Civil Veterinary Department Bengal reports 1933-51 - 1933-1951
Year: 1933
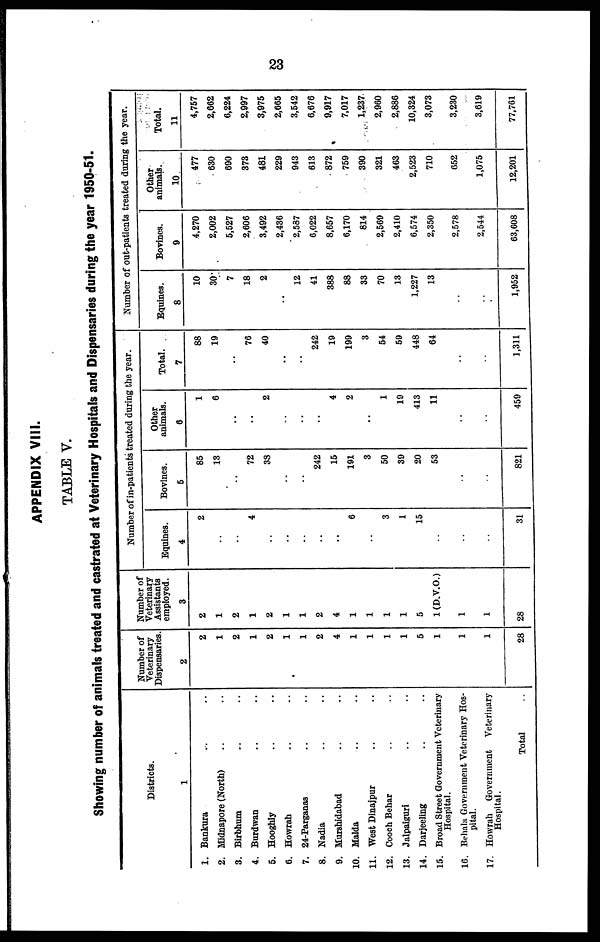
23
APPENDIX VIII.
TABLE V.
Showing number of animals treated and castrated at Veterinary Hospitals and Dispensaries during the year 1950-51.
Districts.
1
1. Bankura .. ..
2. Midnapore (North) .. ..
3. Birbhum .. ..
4. Burdwan .. ..
5. Hooghly .. ..
6. Howrah .. ..
7. 24-Parganas .. ..
8. Nadia .. ..
9. Murshidabad .. ..
10. Maida .. ..
11. West Dinajpur .. ..
12. Cooch Behar .. ..
13. Jalpaiguri .. ..
14. Darjeeling ..
15. Broad Street Government Veterinary
Hospital.
16. Behala Government Veterinary Hos-
pital.
17. Howrah Government Veterinary
Hospital.
Total ..
Number of
Veterinary
Dispensaries.
2
2
1
2
1
2
1
1
2
4
1
1
1
1
5
1
1
1
28
Number of
Veterinary
Assistants
employed.
3
2
1
2
1
2
1
1
2
4
1
1
1
1
5
1(D.V.O.)
1
1
28
Number of in-patients treated during the year.
Equines.
4
2
..
..
4
..
..
..
..
..
6
..
3
1
15
..
..
..
31
Bovines.
5
85
13
..
72
38
..
..
242
15
191
3
50
39
20
53
..
..
821
Other
animals.
6
1
6
..
..
2
..
..
..
4
2
..
1
19
413
11
..
..
459
Total.
7
88
19
..
76
40
..
..
242
19
199
3
54
59
448
64
..
..
1,311
Number of out-patients treated during the year.
Equines.
8
10
30
7
18
2
..
12
41
388
88
33
70
13
1,227
13
..
..
1,952
Bovines.
9
4,270
2,002
5,527
2,606
3,492
2,436
2,587
0,022
8,657
6,170
814
2,569
2,410
6,574
2,350
2,578
2,544
63,608
Other
animals.
10
477
630
690
373
481
229
943
613
872
759
390
321
463
2,523
710
652
1,075
12,201
Total.
11
4,757
2,662
6,224
2,997
3,975
2,665
3,542
6,676
9,917
7,017
1,237
2,960
2,886
10,324
3,073
3,230
3,619
77,761